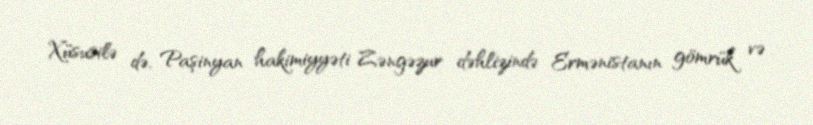
Xüsusilə də, Paşinyan hakimiyyəti Zəngəzur dəhlizində Ermənistanın gömrük və